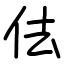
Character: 佉